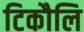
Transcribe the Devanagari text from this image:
टिकौलि